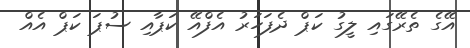
އޭގެ ތެރޭގައި ލީގު ކަޕް ދެފަހަރު އެފްއޭ ކަޕާއި ސުޕަ ކަޕް އެއް